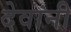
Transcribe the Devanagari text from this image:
देवानी